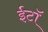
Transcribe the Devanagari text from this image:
ईटॉ